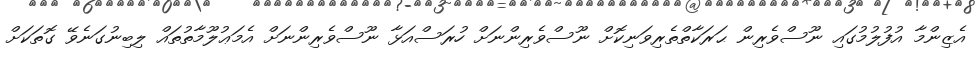
އެޒިންމާ އުފުލުމުގައި ނޫސްވެރިން ޙަރަކާތްތެރިވަނިކޮށް ނޫސްވެރިންނަށް ހުރަސްއަޅާ ނޫސްވެރިންނަށް އެމަޢުލޫމާތުތައް ލިބިނުގަނެވޭ ގޮތަކަށް